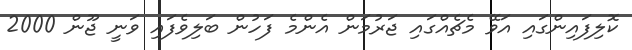
ކޮލިފައިންގައި އަވޭ މެޗެއްގައި ޖަރުމަން އެންމެ ފަހުން ބަލިވެފައި ވަނީ ޖޫން 2000